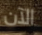
الآن